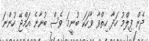
ދެން ފިލްމު ހަދާ ހިތްވާ ވާހަކަ ބުނީމަ ވެސް ބުނާނެ އަމްޖޭ ހުންނަ